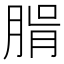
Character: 𦝖